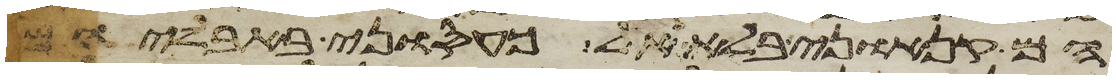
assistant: הם קנאוני בלא אל כעסוני באבליהם